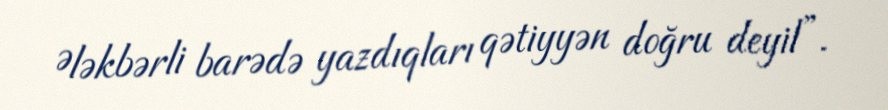
Ələkbərli barədə yazdıqları qətiyyən doğru deyil”.